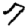
Digit: 7